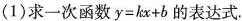
(1)求一次函数$$y = k x + b$$的表达式.